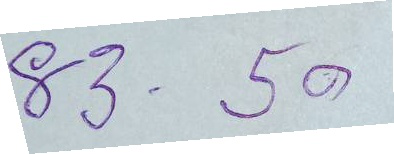
83 - 50